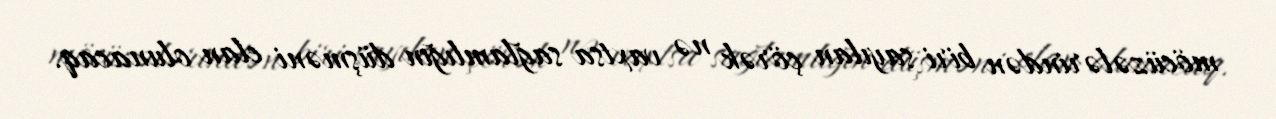
möcüzələrindən biri sayılan çörək nə vaxtsa sağlamlığın düşməni elan olunacaq.